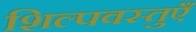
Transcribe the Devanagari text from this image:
शिल्पवस्तुएँ